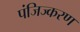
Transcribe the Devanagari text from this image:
पंजिज्करण